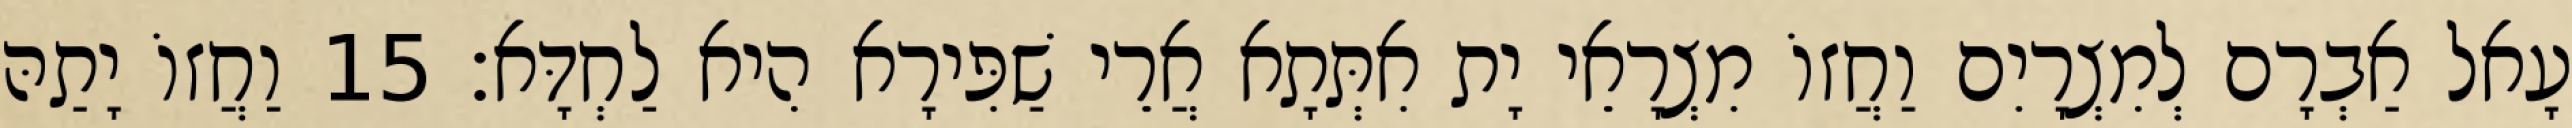
עָאל אַבְרָם לְמִצְרָיִם וַחֲזוֹ מִצְרָאֵי יָת אִתְּתָא אֲרֵי שַׁפִּירָא הִיא לַחְדָּא׃ 15 וַחֲזוֹ יָתַהּ